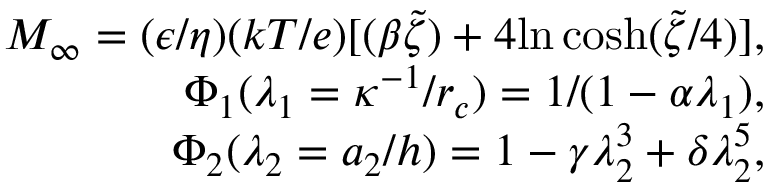
\begin{array} { r } { M _ { \infty } = ( \epsilon / \eta ) ( k T / e ) [ ( \beta \widetilde { \zeta } ) + 4 \mathrm { l n \, c o s h } ( \widetilde { \zeta } / 4 ) ] , } \\ { \Phi _ { 1 } ( \lambda _ { 1 } = \kappa ^ { - 1 } / r _ { c } ) = 1 / ( 1 - \alpha \lambda _ { 1 } ) , } \\ { \Phi _ { 2 } ( \lambda _ { 2 } = a _ { 2 } / h ) = 1 - \gamma \lambda _ { 2 } ^ { 3 } + \delta \lambda _ { 2 } ^ { 5 } , } \end{array}